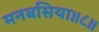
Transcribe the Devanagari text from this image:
मनबसिया॥८॥